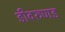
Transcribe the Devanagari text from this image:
डीवरुणड